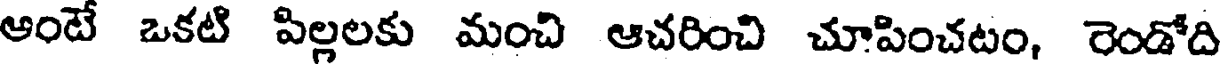
ఆంటే ఒకటి పిల్లలకు మంచి ఆచరించి చూపించటం, రెండోది